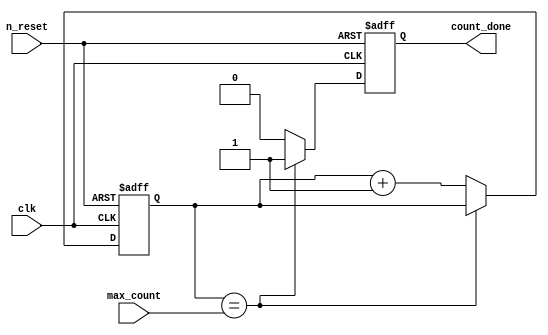
`timescale 1ns / 1ps
//////////////////////////////////////////////////////////////////////////////////
// Company: 
// 
// Design Name: Traffic Light Controller datapath
// Module Name: traffic_light_controller_dp
// Project Name: Traffic Light Controller
// Target Devices: 
// Tool Versions: 
// Description: a 5-bit counter with maximum count and a count_done indicator output signal
// 
// Dependencies: 
// 
// Revision:
// Revision 0.01 - File Created
// Additional Comments:
// 
//////////////////////////////////////////////////////////////////////////////////


module traffic_light_controller_dp(
    input clk, n_reset,
    input [4:0] max_count,
    output reg count_done
    );

    // counter register 
    reg [4:0] cntr;

    always @(posedge clk or negedge n_reset ) begin
        if(!n_reset) begin
            cntr <= 0;
            count_done <= 0;
        end
        else if(cntr == max_count) begin
            // counter keeps it's value
            count_done <= 1; 
        end
        else begin
            cntr <= cntr + 1;
            count_done <= 0;
        end
    end

endmodule